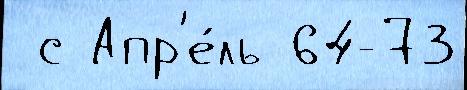
 с Апр'е́ль 64-73